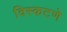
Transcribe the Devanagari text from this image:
विस्कटणे